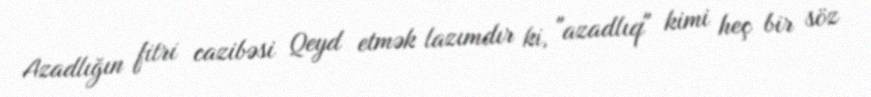
Azadlığın fitri cazibəsi Qeyd etmək lazımdır ki, "azadlıq" kimi heç bir söz